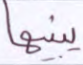
يبينها